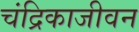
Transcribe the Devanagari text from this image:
चंद्रिकाजीवन